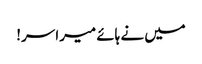
میں نے ہائے میرا سر!